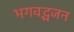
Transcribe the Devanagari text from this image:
भगवद्भजन